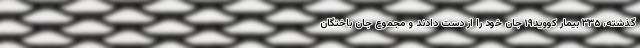
گذشته، ۳۳۵ بیمار کووید۱۹ جان خود را از دست دادند و مجموع جان باختگان